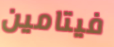
فيتامين